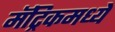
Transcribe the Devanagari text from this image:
मॅट्रिकमध्ये